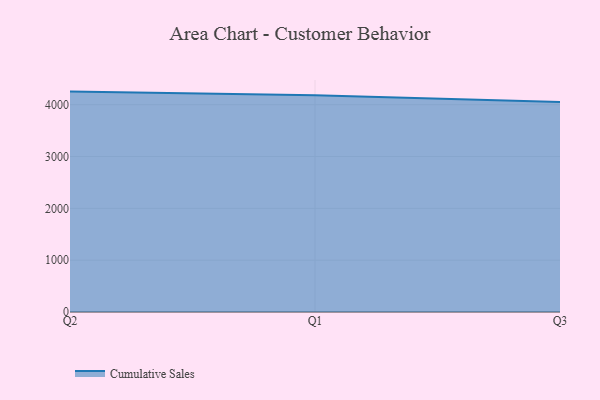
{"axis": {"x": "Quarter", "y": "Market Share (%)"}, "legend": ["Cumulative Sales"], "data": [{"x": "Q2", "y": 4253.0, "type": "Cumulative Sales"}, {"x": "Q1", "y": 4181.5, "type": "Cumulative Sales"}, {"x": "Q3", "y": 4053.2, "type": "Cumulative Sales"}]}